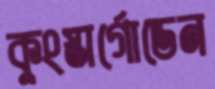
কুংস্তার্গোডেন